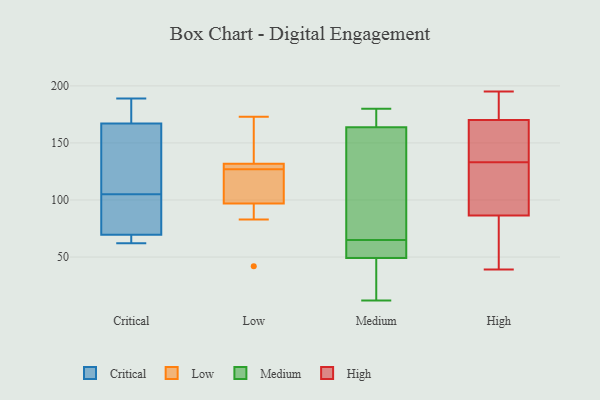
{"axis": {"x": "Shipments", "y": "Value"}, "legend": ["Critical", "High", "Low", "Medium"], "data": [{"x": "", "y": 179, "type": "Critical"}, {"x": "", "y": 83, "type": "Critical"}, {"x": "", "y": 167, "type": "Critical"}, {"x": "", "y": 68, "type": "Critical"}, {"x": "", "y": 63, "type": "Critical"}, {"x": "", "y": 146, "type": "Critical"}, {"x": "", "y": 189, "type": "Critical"}, {"x": "", "y": 185, "type": "Critical"}, {"x": "", "y": 105, "type": "Critical"}, {"x": "", "y": 164, "type": "Critical"}, {"x": "", "y": 109, "type": "Critical"}, {"x": "", "y": 167, "type": "Critical"}, {"x": "", "y": 68, "type": "Critical"}, {"x": "", "y": 86, "type": "Critical"}, {"x": "", "y": 62, "type": "Critical"}, {"x": "", "y": 82, "type": "Critical"}, {"x": "", "y": 70, "type": "Critical"}, {"x": "", "y": 83, "type": "Low"}, {"x": "", "y": 131, "type": "Low"}, {"x": "", "y": 121, "type": "Low"}, {"x": "", "y": 172, "type": "Low"}, {"x": "", "y": 100, "type": "Low"}, {"x": "", "y": 127, "type": "Low"}, {"x": "", "y": 96, "type": "Low"}, {"x": "", "y": 173, "type": "Low"}, {"x": "", "y": 132, "type": "Low"}, {"x": "", "y": 128, "type": "Low"}, {"x": "", "y": 42, "type": "Low"}, {"x": "", "y": 177, "type": "Medium"}, {"x": "", "y": 12, "type": "Medium"}, {"x": "", "y": 59, "type": "Medium"}, {"x": "", "y": 155, "type": "Medium"}, {"x": "", "y": 53, "type": "Medium"}, {"x": "", "y": 54, "type": "Medium"}, {"x": "", "y": 15, "type": "Medium"}, {"x": "", "y": 172, "type": "Medium"}, {"x": "", "y": 38, "type": "Medium"}, {"x": "", "y": 180, "type": "Medium"}, {"x": "", "y": 161, "type": "Medium"}, {"x": "", "y": 76, "type": "Medium"}, {"x": "", "y": 65, "type": "Medium"}, {"x": "", "y": 181, "type": "High"}, {"x": "", "y": 181, "type": "High"}, {"x": "", "y": 142, "type": "High"}, {"x": "", "y": 195, "type": "High"}, {"x": "", "y": 101, "type": "High"}, {"x": "", "y": 159, "type": "High"}, {"x": "", "y": 39, "type": "High"}, {"x": "", "y": 136, "type": "High"}, {"x": "", "y": 41, "type": "High"}, {"x": "", "y": 130, "type": "High"}, {"x": "", "y": 106, "type": "High"}, {"x": "", "y": 72, "type": "High"}]}